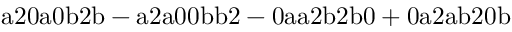
\mathrm { a 2 0 a 0 b 2 b - a 2 a 0 0 b b 2 - 0 a a 2 b 2 b 0 + 0 a 2 a b 2 0 b }